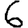
Digit: 6